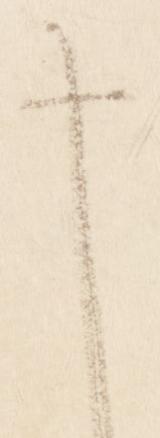
申